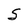
Character: S